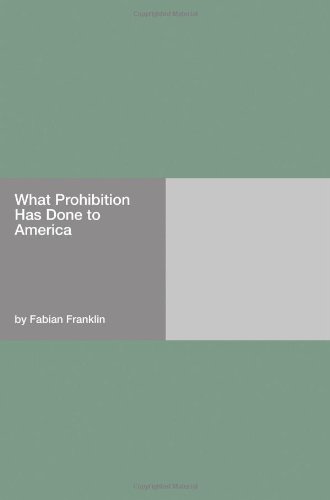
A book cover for What Prohibition Has Done to America; Fabian Franklin; Crafts, Hobbies & Home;